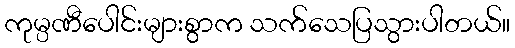
ကုမ္ပဏီပေါင်းများစွာက သက်သေပြသွားပါတယ်။